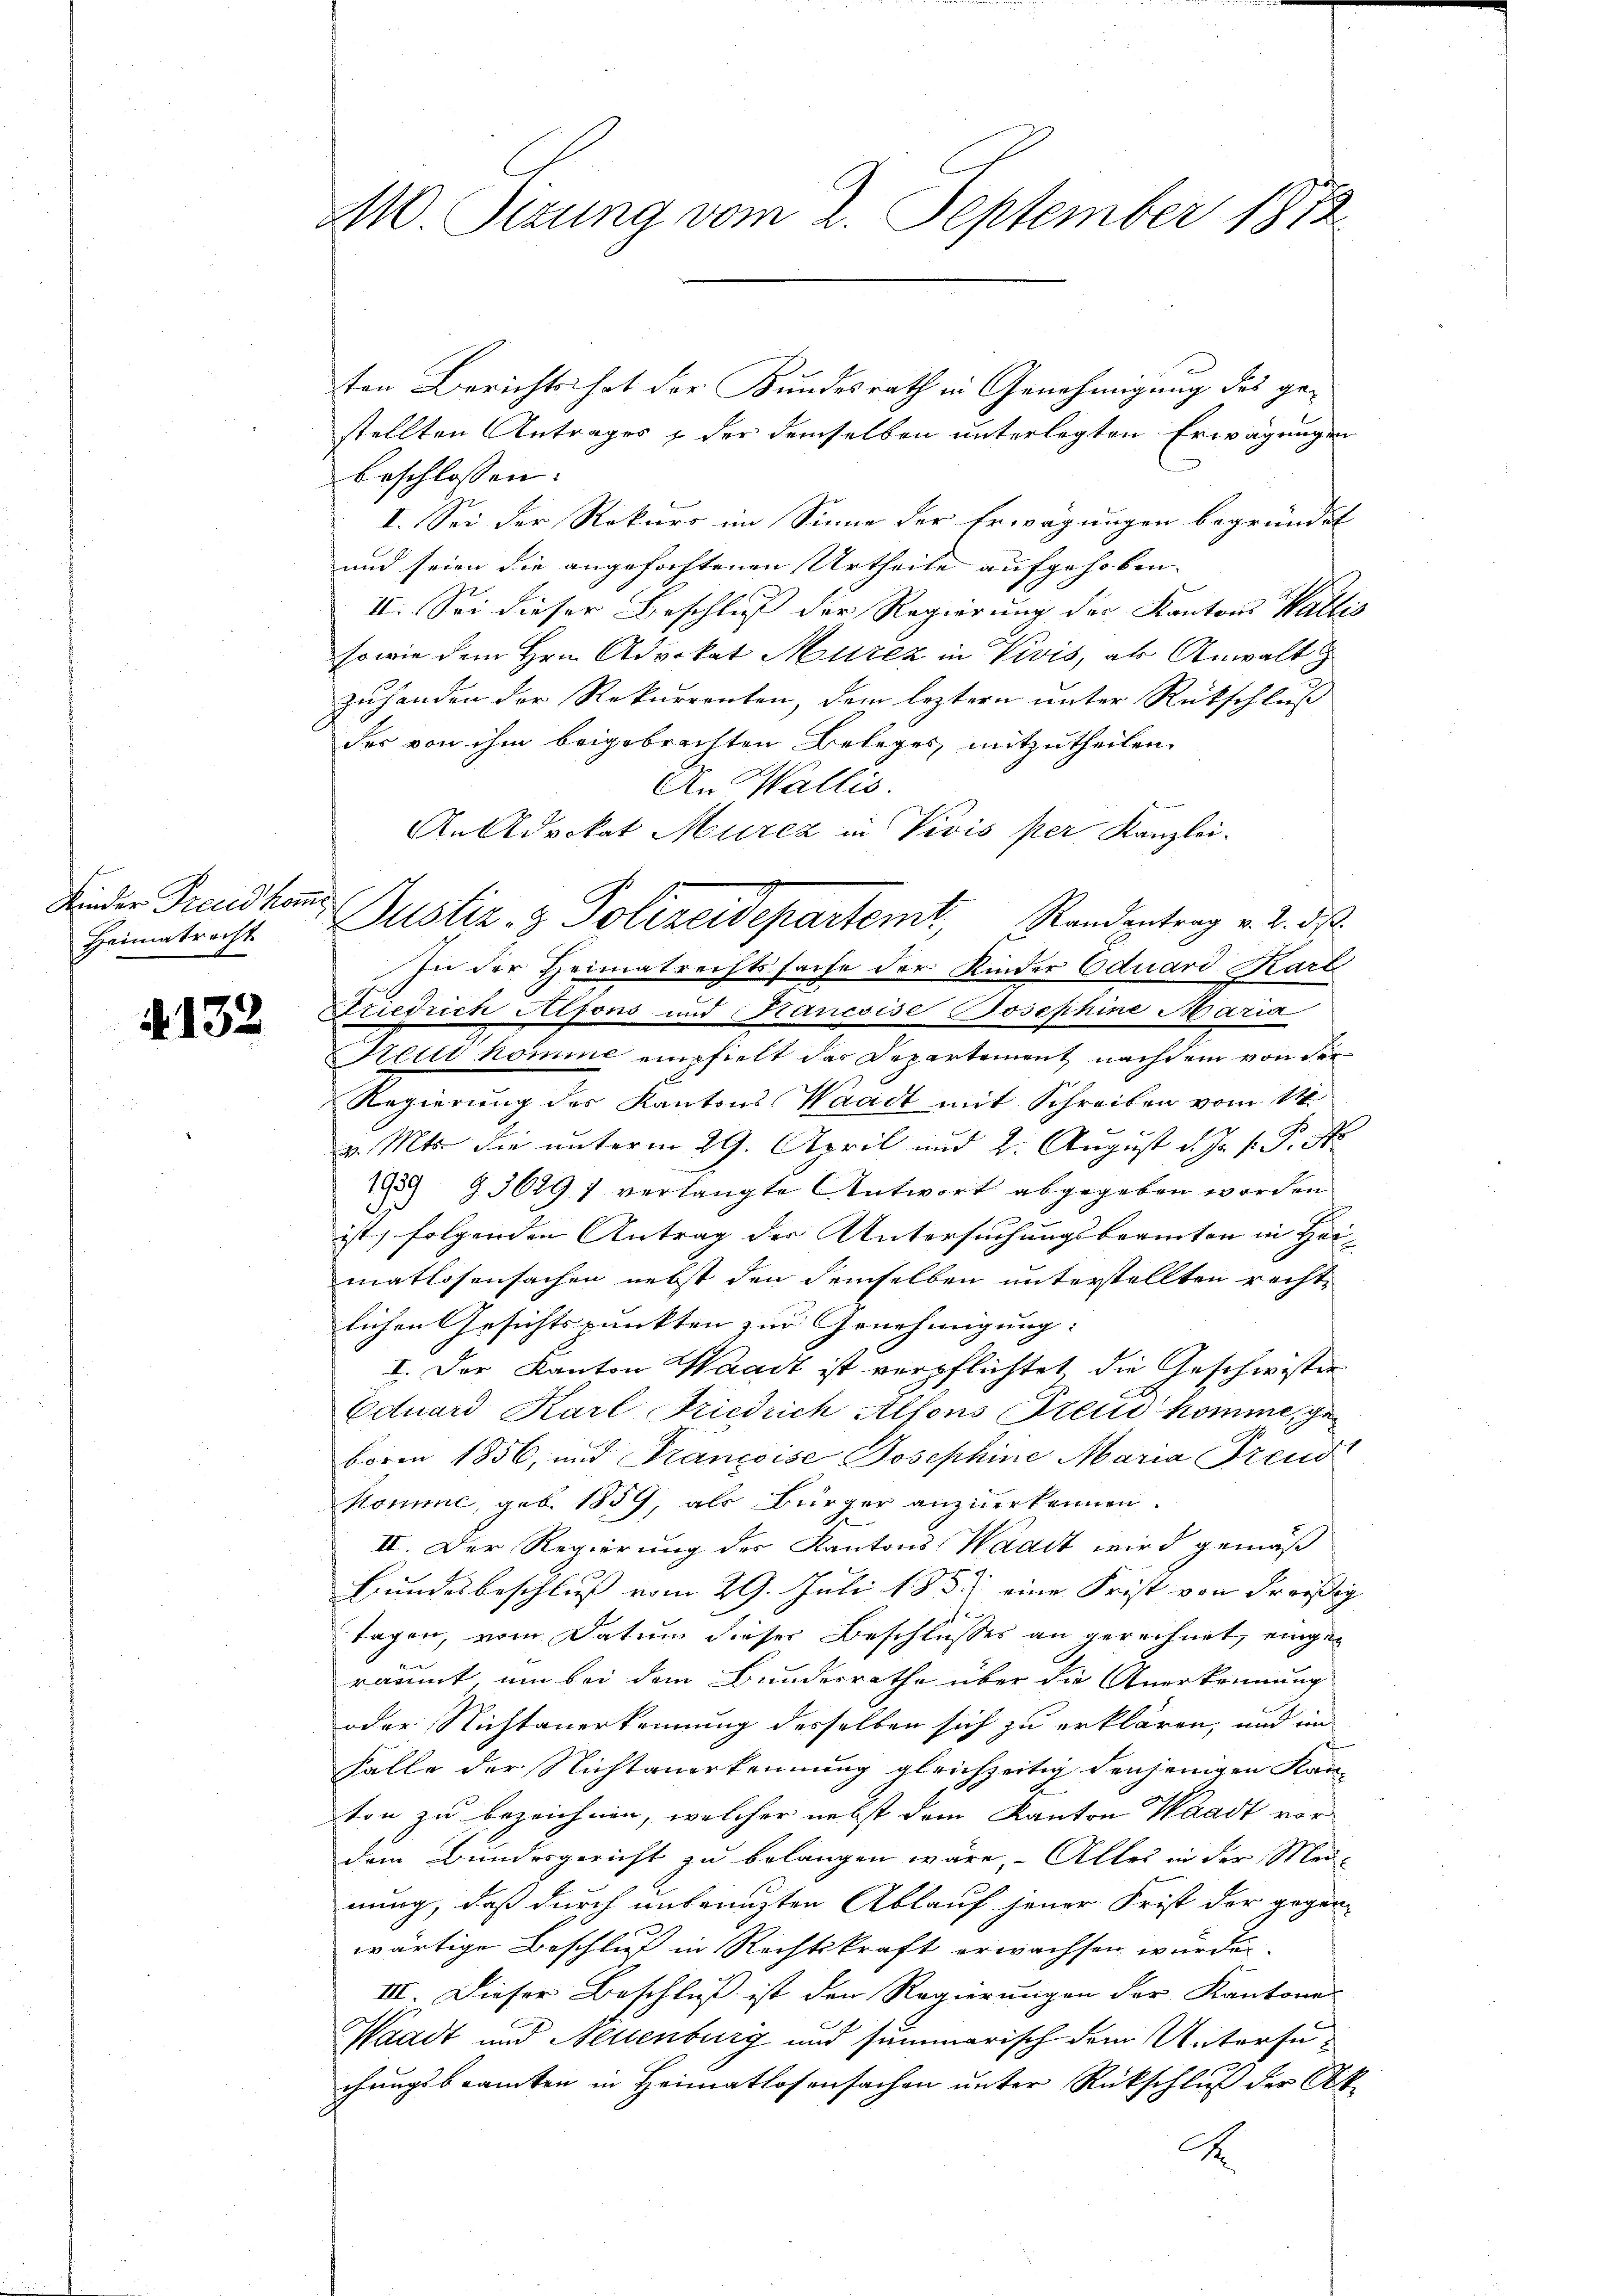
Kinder Freund komme,
Heimatrecht

N. 132

M10 Sezung vom 2. September 1873

ten Berichts hat der Kundesrath in Genehmigung des gestellten Antrages & der demselben unterlegten Erwägungen
beschlossen:
I. Sei der Rekurs im Sinne der Erwägungen begründet
und seien die angefochtenen Urtheile aufgehoben. |
II. Sei dieser Beschluß der Regierung der Kantons Wallis
sowie dem Hrn. Advokat Murez in Vivis, als Anwalt
zuhanden der Rekurrenten, dem leztern unter Rückschluß
der von ihm beigebrachten Beleges mitzutheilen
An Wallis.
An Advokat Murcz in Vivis per Kanzlei.
In der Heimatrechtssache der Kinder Eduard Karl
Friedrich Alfons und Rancoise Josephine Maria
Held komme empfielt das Departement nachdem von der
Regierung des Kantons Waadt mit Schreiben vom 11
v. Mts. die unterm 29. April und 2. August d. Js. v. P. St
1939 93629 1 verlangte Antwort abgegeben worden
.
n
ist, folgenden Antrag der Untersuchungsbeamten in Her-
matlosensachen nebst den demselben unterstellten rechte
lichen Gesichtspunkten zur Genehmigung:
I. Der Kanton Waadt ist verpflichtet die Geschwister
Eduard Karl Friedrich Alfons Freud komme, geboren 1856, und Françoise Josephine Maria Freud
Komme, geb. 1859 als Bürger anzuerkennen.
II. Der Regierung des Kantons-Waadt wird gemäß
Bundesbeschluß vom 29. Juli 1837 eine Frist von dreißig
tagen, vom Datum dieser Beschlußes an gerechnet, eingeräumt um bei dem Bundesrathe über die Anerkennung
oder Nichtanerkennung desselben sich zu erklären, und im
Falle der Nichtanerkennung gleichzeitig denjenigen Kan-
ton zu bezeichnen, welcher nebst dem Kanton Waadt vor
dem Bundesgericht zu belangen wäre, Alles in der Mei-
nung, daß durch antreuzten Ablauf jener Frist der gegen-
wärtige Beschluß in Rechtskraft erwachsen würde.
III. Dieser Beschluß ist den Regierungen der Kantona
Waadt und Neuenburg und summarisch dem Untersuchungsbeamten in Heimatlosensachen unter Rückschluß der Ab¬
4

Dustiz- & Polizeidepartemt, Randentrag v. 2. ds.